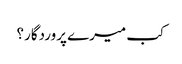
کب میرے پروردگار؟